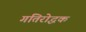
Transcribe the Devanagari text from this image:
गतिरोद्धक